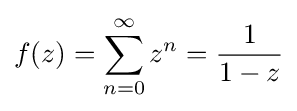
f(z)=\sum _{n=0}^{\infty }z^{n}={\frac {1}{1-z}}